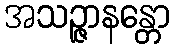
အသဉ္ဇာနန္တော